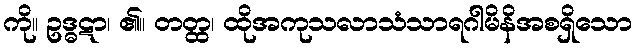
ကို။ ဥဒ္ဓဋာ၊ ၏။ တတ္ထ၊ ထိုအကုသလာသံသာရဂါမိနိအစရှိသော